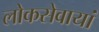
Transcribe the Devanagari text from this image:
लोकसेवायां